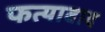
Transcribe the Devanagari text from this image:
फत्याबाद